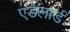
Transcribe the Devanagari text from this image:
एडेलार्ड